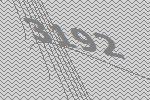
3192